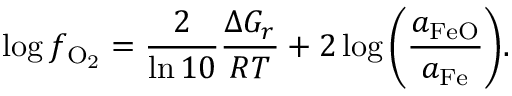
\log f _ { \mathrm { O _ { 2 } } } = \frac { 2 } { \ln { 1 0 } } \frac { \Delta G _ { r } } { { \cal R } T } + 2 \log { \left( \frac { a _ { \mathrm { F e O } } } { a _ { \mathrm { F e } } } \right) } .